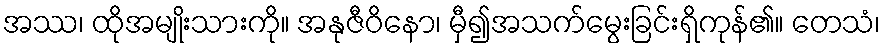
အဿ၊ ထိုအမျိုးသားကို။ အနုဇီဝိနော၊ မှီ၍အသက်မွေးခြင်းရှိကုန်၏။ တေသံ၊